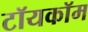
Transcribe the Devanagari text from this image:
टॉयकॉम